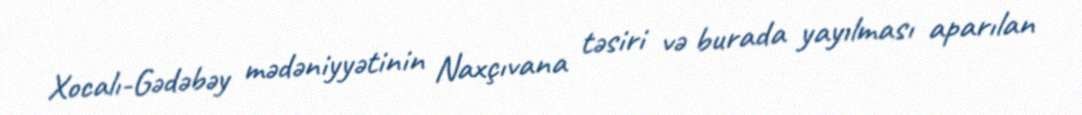
Xocalı-Gədəbəy mədəniyyətinin Naxçıvana təsiri və burada yayılması aparılan